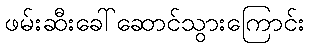
ဖမ်းဆီးခေါ်ဆောင်သွားကြောင်း